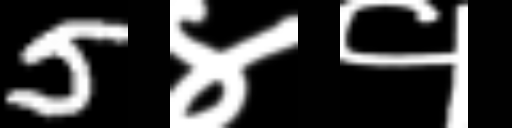
Text: 5४१